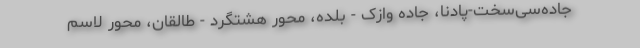
جاده‌سی‌سخت-پادنا، جاده وازک - بلده، محور هشتگرد - طالقان، محور لاسم